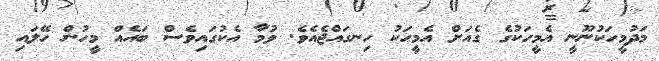
މަދުމީހަކުނޫނީ އެމީހަކުގެ ގެއަށް އެމީހަކު ހިނގައްޖެއެވެ. ވުމާ އެކުގައިވެސް ބައެއް މީހުން ހޭލައި